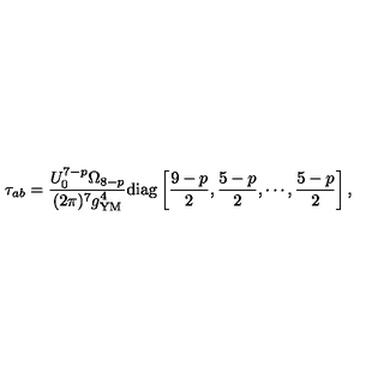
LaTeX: \tau _ { a b } = \frac { U _ { 0 } ^ { 7 - p } \Omega _ { 8 - p } } { ( 2 \pi ) ^ { 7 } g _ { \mathrm { Y M } } ^ { 4 } } \mathrm { d i a g } \left[ \frac { 9 - p } { 2 } , \frac { 5 - p } { 2 } , \cdots , \frac { 5 - p } { 2 } \right] ,